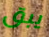
يبق